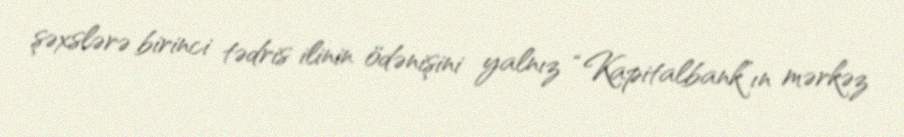
şəxslərə birinci tədris ilinin ödənişini yalnız “Kapitalbank”ın mərkəz